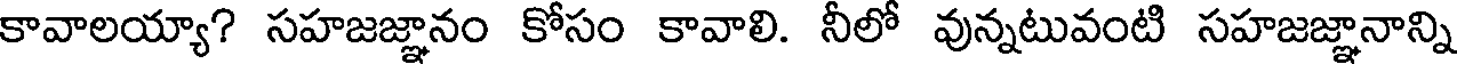
కావాలయ్యా? సహజజ్ఞానం కోసం కావాలి. నీలో వున్నటువంటి సహజజ్ఞానాన్ని